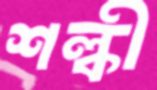
শল্কী